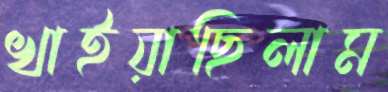
খাইয়াছিলাম